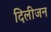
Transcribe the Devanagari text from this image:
दिलीजन